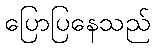
ပြောပြနေသည်